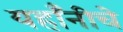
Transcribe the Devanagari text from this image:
यहाँनीचे